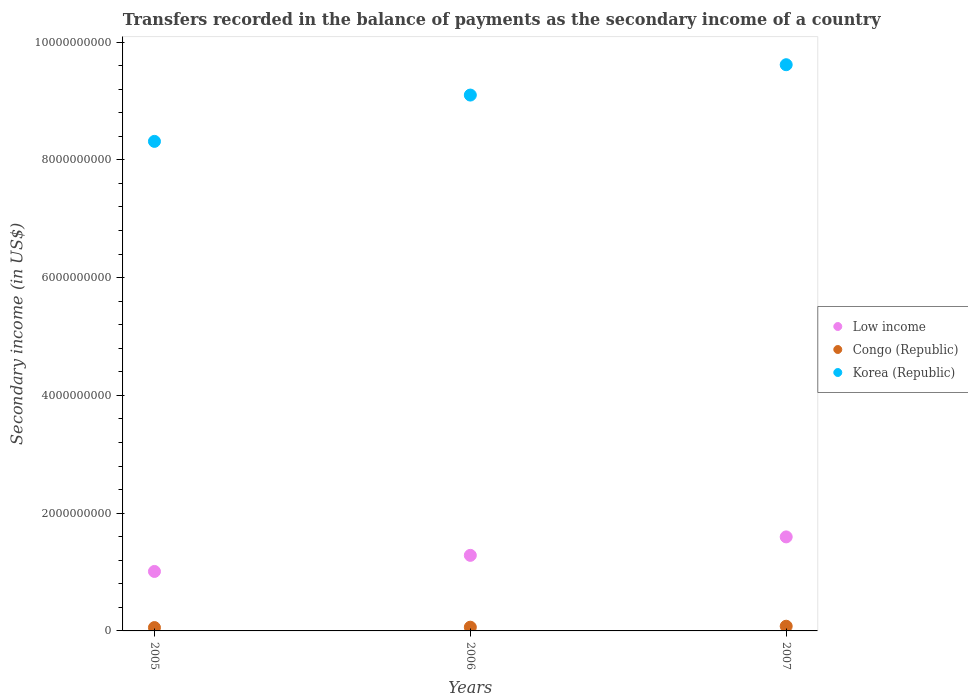
| Years | Low income | Congo (Republic) | Korea (Republic) |
 | --- | --- | --- | --- |
 | 2005 | 1.01e+09 | 5.67e+07 | 8.31e+09 |
 | 2006 | 1.28e+09 | 6.33e+07 | 9.1e+09 |
 | 2007 | 1.6e+09 | 7.97e+07 | 9.62e+09 |